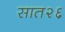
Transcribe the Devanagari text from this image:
सात२६